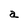
Character: a